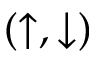
( \uparrow , \downarrow )